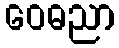
ဝေဓညာ